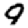
Digit: 9